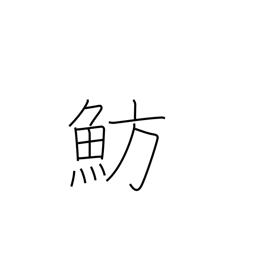
Meaning: type of sea bream